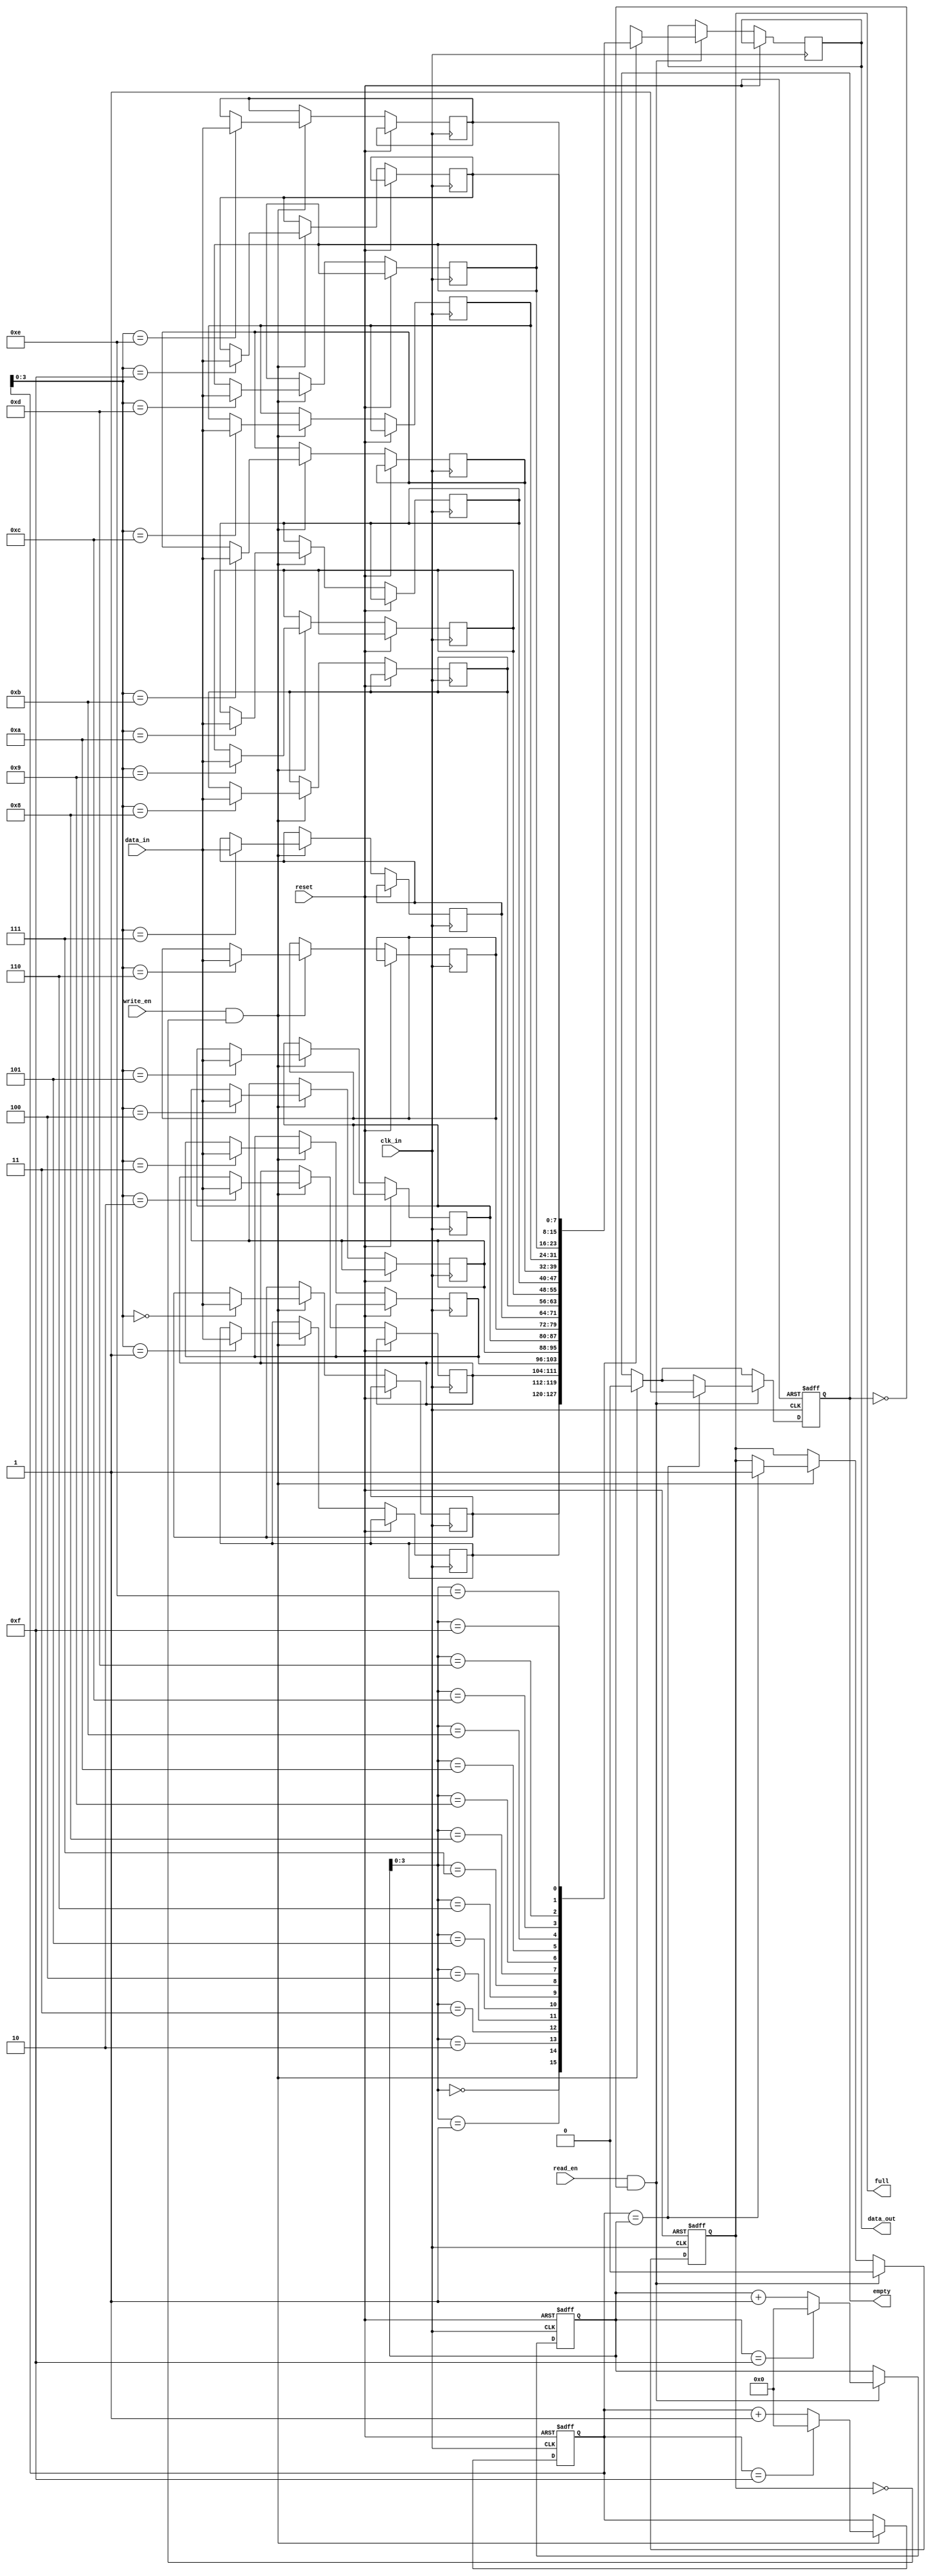
module Last_Word_Fall_Through_FIFO(
    input wire clk_in,
    input wire reset,
    input wire [DATA_WIDTH-1:0] data_in,
    input wire write_en,
    input wire read_en,
    output wire [DATA_WIDTH-1:0] data_out,
    output wire empty,
    output wire full
);
    
parameter DEPTH = 16;
parameter DATA_WIDTH = 8;
    
reg [DATA_WIDTH-1:0] memory [DEPTH-1:0];
reg [DEPTH-1:0] head, tail;
reg [DATA_WIDTH-1:0] data_out_reg;
reg empty_reg, full_reg;
wire write_ptr, read_ptr;
    
always @(posedge clk_in or posedge reset) begin
    if (reset) begin
        head <= 0;
        tail <= 0;
        empty_reg <= 1;
        full_reg <= 0;
    end else begin
        if (write_en && !full_reg) begin
            memory[head] <= data_in;
            head <= (head == DEPTH-1) ? 0 : head + 1;
            empty_reg <= 0;
            if (head == tail) full_reg <= 1;
        end
        if (read_en && !empty_reg) begin
            data_out_reg <= memory[tail];
            tail <= (tail == DEPTH-1) ? 0 : tail + 1;
            full_reg <= 0;
            if (head == tail) empty_reg <= 1;
        end
    end
end

assign write_ptr = (head == DEPTH-1) ? 0 : head + 1;
assign read_ptr = (tail == DEPTH-1) ? 0 : tail + 1;

assign data_out = data_out_reg;
assign empty = empty_reg;
assign full = full_reg;

endmodule